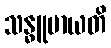
သန္ဓူမာယတိ